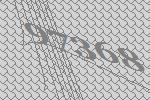
97368